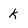
Character: k